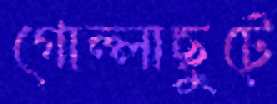
গোল্লাছুটে